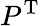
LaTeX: P^{\mathrm{T}}